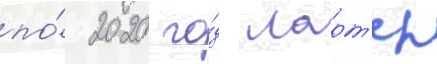
по́ 2020 го́д ларт'ер